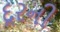
દૂરની